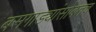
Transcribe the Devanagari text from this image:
बसगाड्यांसोबतच